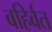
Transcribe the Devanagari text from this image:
बहिर्वत